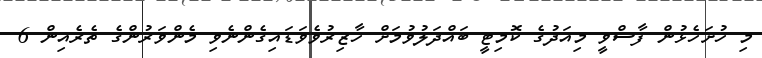
މި ހުށަހެޅުން ފާސްވީ މިއަދުގެ ކޮމިޓީ ބައްދަލުވުމަށް ހާޒިރުވެވަޑައިގެންނެވި މެންވަރުންގެ ތެރެއިން 6